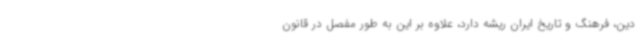
دین، فرهنگ و تاریخ ایران ریشه دارد، علاوه بر این به طور مفصل در قانون